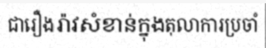
ជារឿងរ៉ាវសំខាន់ក្នុងតុលាការប្រចាំ